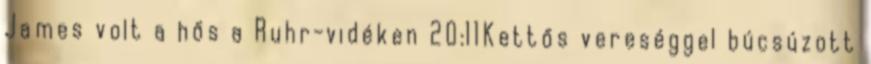
James volt a hős a Ruhr-vidéken 20:11Kettős vereséggel búcsúzott